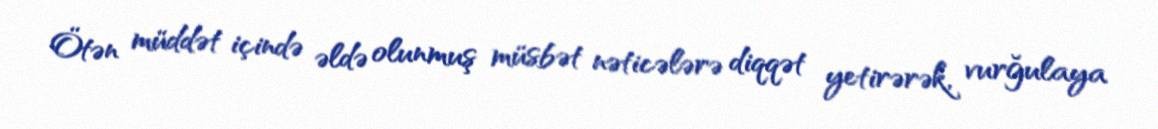
Ötən müddət içində əldə olunmuş müsbət nəticələrə diqqət yetirərək, vurğulaya